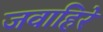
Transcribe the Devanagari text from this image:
जवाहिरे